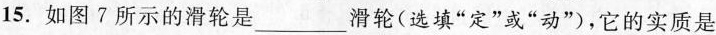
15.如图7所示的滑轮是___滑轮(选填”定”或”动”)，它的实质是